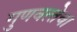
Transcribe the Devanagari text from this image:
गुणवत्‍तेचा